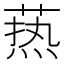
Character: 𦶟